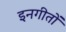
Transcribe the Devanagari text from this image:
इनगीतों